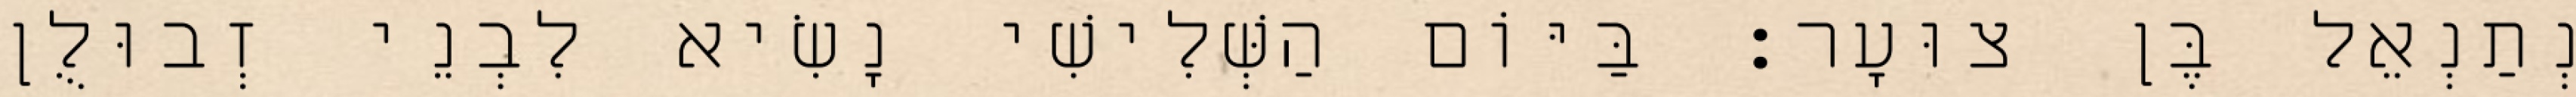
נְתַנְאֵל בֶּן צוּעָר׃ בַּיּוֹם הַשְּׁלִישִׁי נָשִׂיא לִבְנֵי זְבוּלֻן